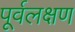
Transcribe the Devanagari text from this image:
पूर्वलक्षण